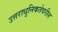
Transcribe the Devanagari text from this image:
उत्तराधुनिकतेवरील